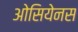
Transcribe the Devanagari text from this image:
ओसियेनस